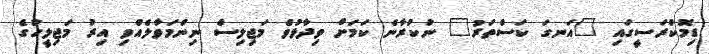
ޑިމޮކްރަސީގައި "އަނގަ ކަސްތަރު" ނުކުރާނެ ކަމަށް ވިދާޅުވެ މަޖިލިސް ނިންމަވާލެއްވި އިރު މަޖިލީހުގެ